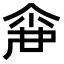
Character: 𠋓